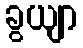
ခွယျာ